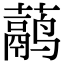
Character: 𬟁